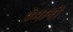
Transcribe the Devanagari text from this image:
प्रेमानी